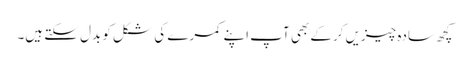
کچھ سادہ چیزیں کرکے بھی آپ اپنے کمرے کی شکل کو بدل سکتے ہیں۔